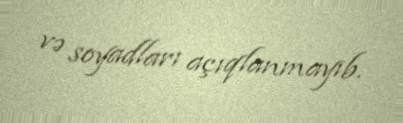
və soyadları açıqlanmayıb.